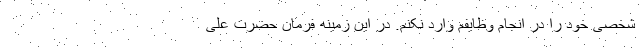
شخصی خود را در انجام وظایفم وارد نکنم. در این زمینه فرمان حضرت علی